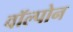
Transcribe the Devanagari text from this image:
वॉल्पोन